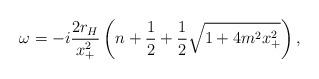
LaTeX: \begin{align*} \omega = -i \frac{2r_{H}}{x_{+}^2} \left(n+\frac{1}{2} + \frac{1}{2} \sqrt{1 + 4m^2 x_{+}^2}\right),\end{align*}